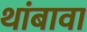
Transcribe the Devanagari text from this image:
थांबावा